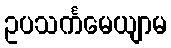
ဥပသင်္ကမေယျာမ